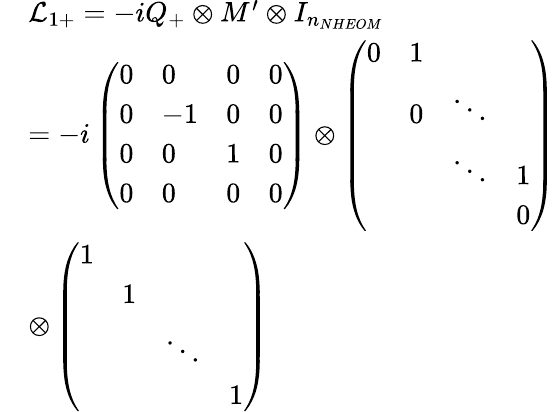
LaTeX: \begin{array}{rl}&{{\mathcal{L}_{1+}}=-iQ_{+}\otimes M^{\prime}\otimes{{I}_{{{n}_{NHEOM}}}}}\\ &{=-i\left(\begin{array}{llll}{0}&{0}&{0}&{0}\\ {0}&{-1}&{0}&{0}\\ {0}&{0}&{1}&{0}\\ {0}&{0}&{0}&{0}\end{array}\right)\otimes\left(\begin{array}{llll}{0}&{1}&{}&{}\\ {}&{0}&{\ddots}&{}\\ {}&{}&{\ddots}&{1}\\ {}&{}&{}&{0}\end{array}\right)}\\ &{\otimes\left(\begin{array}{llll}{1}&{}&{}&{}\\ {}&{1}&{}&{}\\ {}&{}&{\ddots}&{}\\ {}&{}&{}&{1}\end{array}\right)}\end{array}